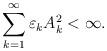
LaTeX: \begin{align*} \sum_{k=1}^\infty\varepsilon_kA_k^2<\infty.\end{align*}